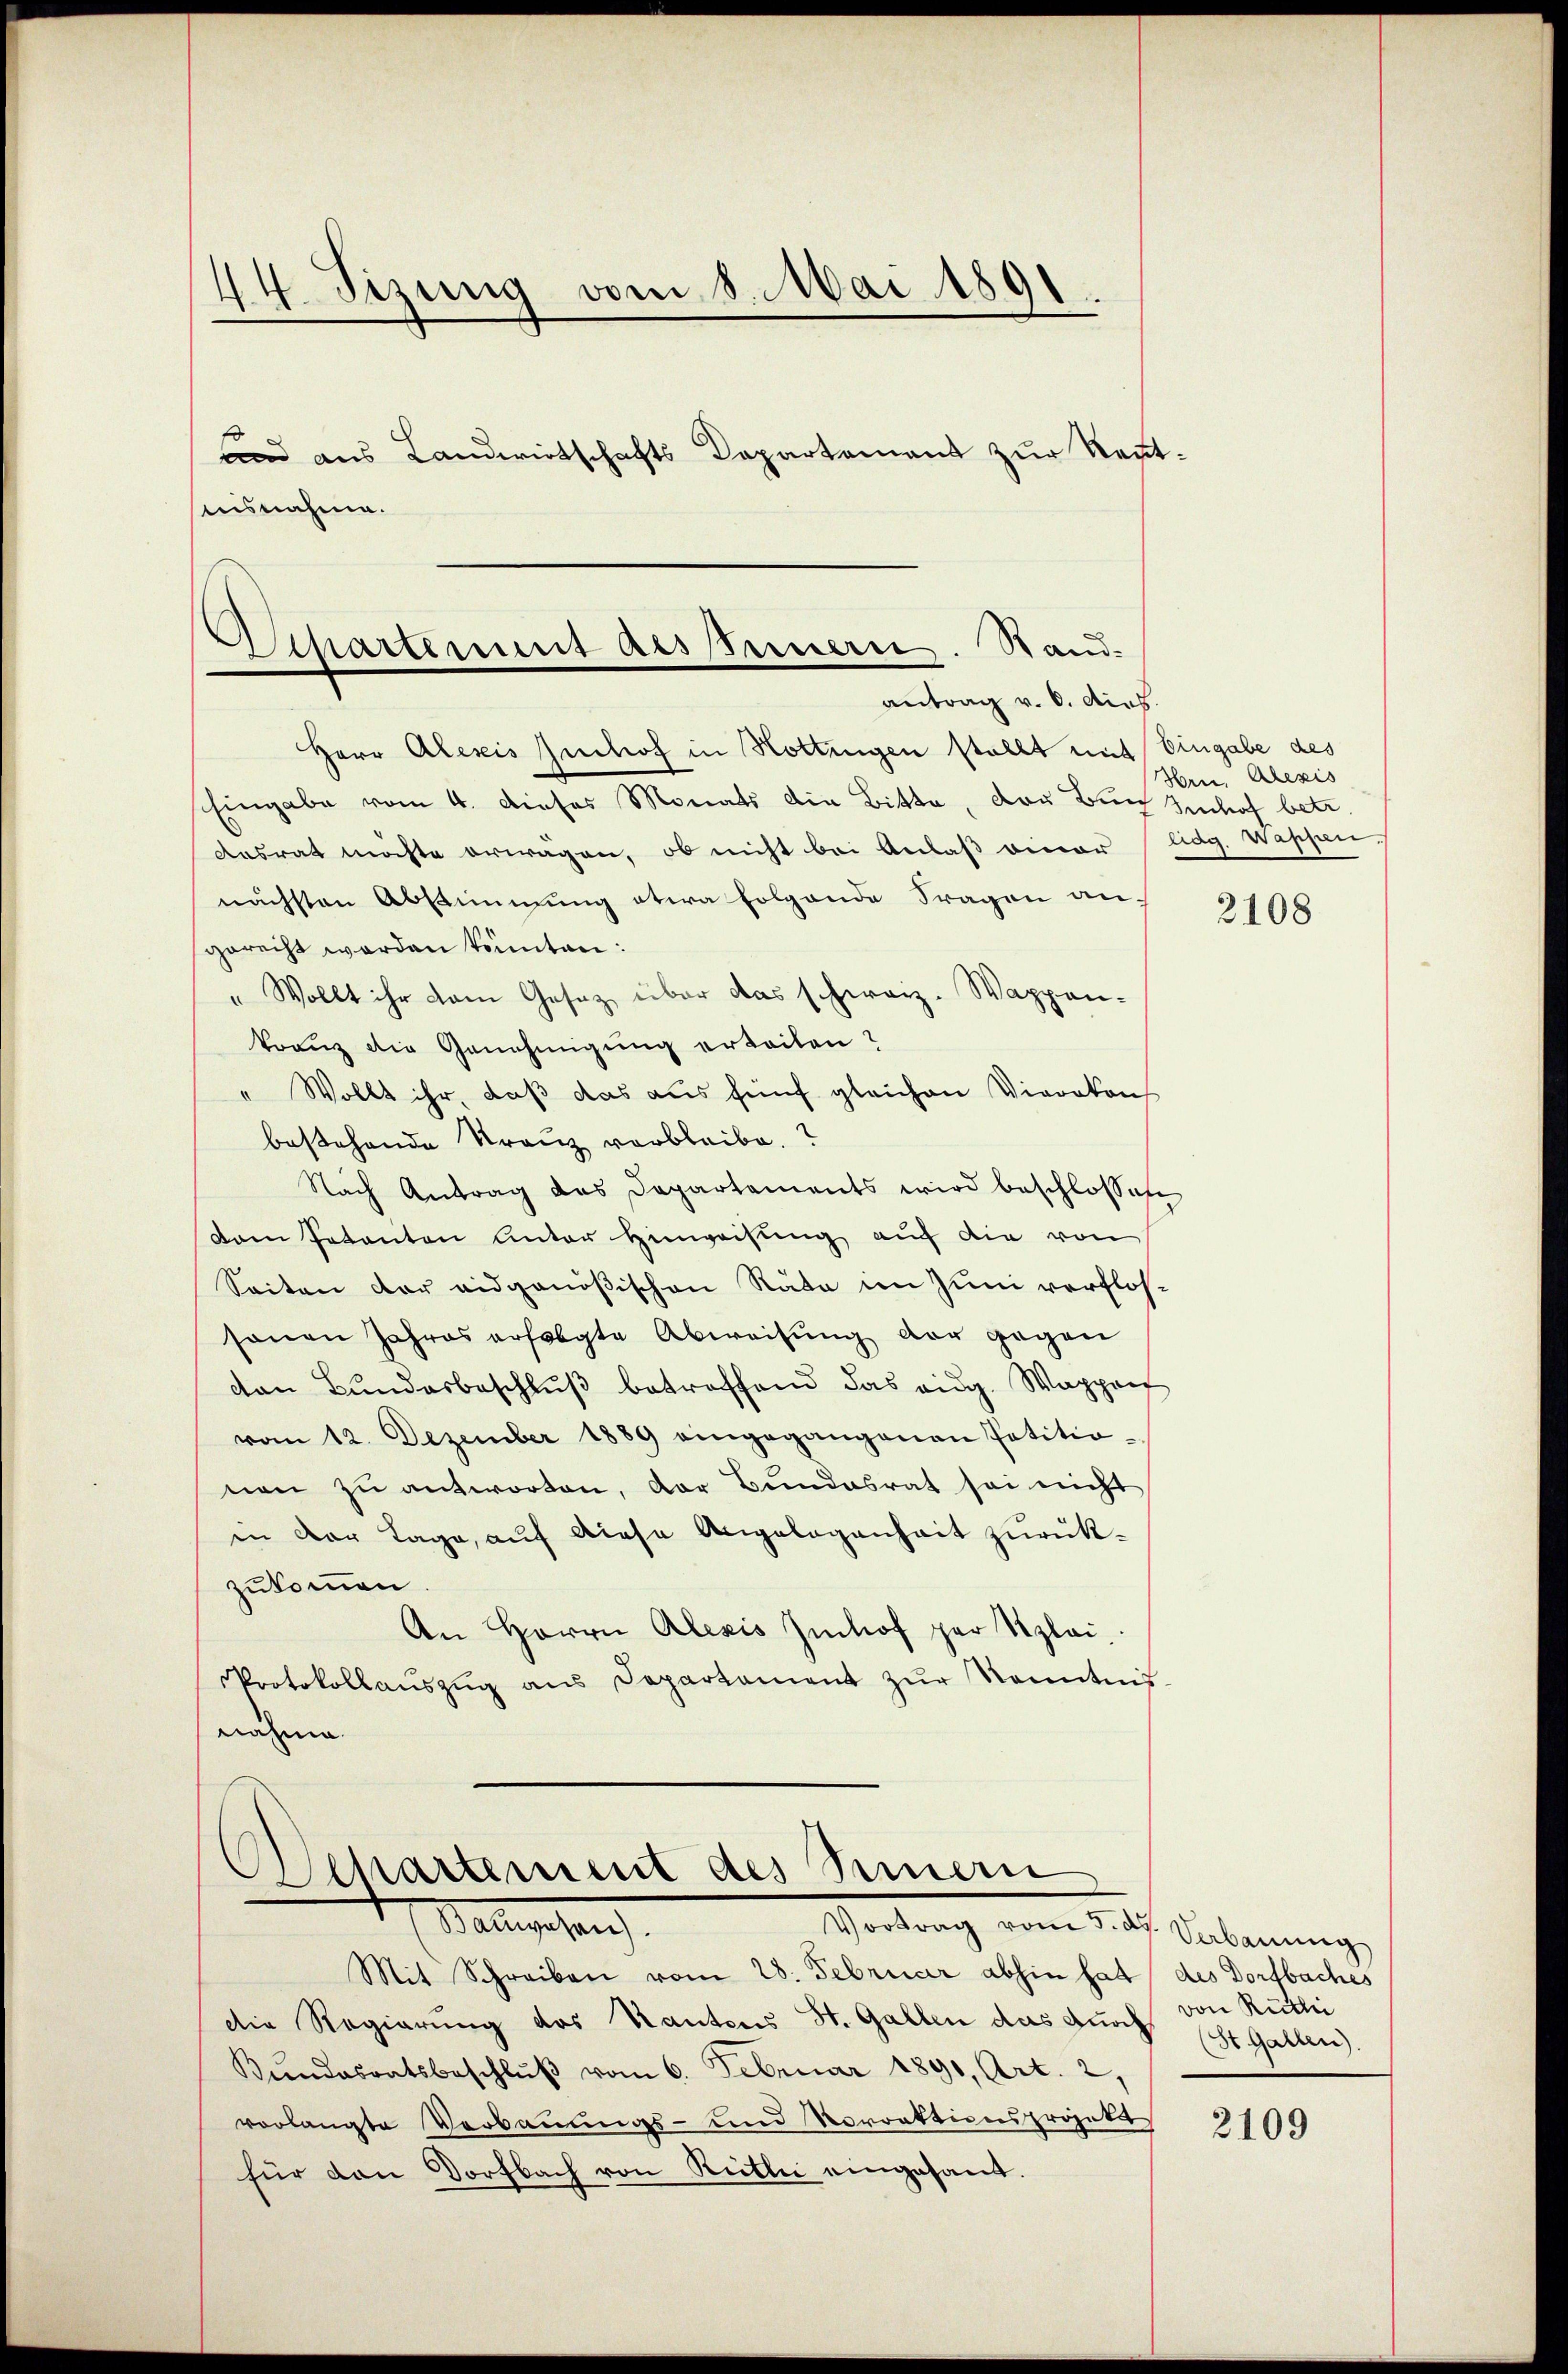
1
14. Sizung vom 8. Mai 1891
und aus Landwirtschafts Departement zur Kennt¬
Ausnahme.

Aschartement als Innern. Stand.
antrag v. 6. dieb.

Departement des Sinnern
(Wallischen
Vortrag vom 5. d. Verbauung

Herr Alexis Zinshof in Hottingen stellt mit Eingabe des
Eingabe vom 4. dieser Monats die Bitte, das Burg Znhof betr.
Aasrat möchte erwagen, ob nicht bei Anlaß einer lag. Wappen.
nächsten Abstimmung etwa folgende Fragen angerecht worden könnten:
" Wollt ihr dem Gesetz über das schweiz. Wappenkranz die Genehmigung erteilen?
Wollt ihr, daß das aus fünf gleichen Vierten
bestehende Kranz verbleibe.
Nach Antrag das Departaments wird beschlossene
Dem Petenten unter Hinweisung auf die von
Seiten der eidgenößischen Rata im Juni verflossonen Jahres erfolgte Abweisung der gegen
con Bŭndesbeschlŭβ betreffend das eidg. Wappart
vom 12. Dezember 1889 eingegangenen Petitionen zu antworten, der Bundesrat sei nicht
in der Tage, auf diese Angelegenheit zurückzukommen.
An Herrn Alexis Imhof zur Klei¬
Protokollaŭszŭg aŭs Departament zŭr Kenntnis-
nähme.

Hrn. Alexis

Mit Schreiben vom 28. Februar abhin hat des Dorfbaches
die Regierung des Rautens St. Gallen das durch scht. Gallen.
Bŭndesratsbeschlŭβ vom 6. Februar 1890, Art. 2,
vorlangte Verbauungs- und Vorrektionsprojekt
für dan Dorfbach von Reitli eingesand¬

2108

von Rütli

2109